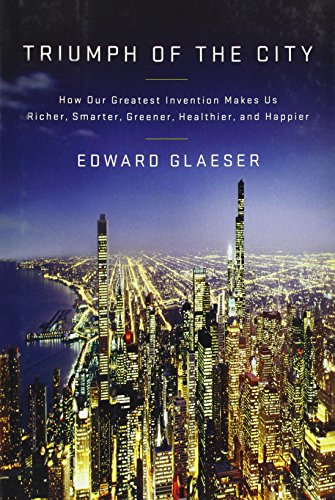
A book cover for Triumph of the City: How Our Greatest Invention Makes Us Richer, Smarter, Greener, Healthier, and Happier; Edward L. Glaeser; Politics & Social Sciences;